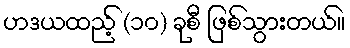
ဟဒယထည့် (၁၀) ခုစီ ဖြစ်သွားတယ်။